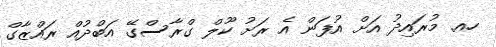
ހއ. މުރައިދު އަށް އުފަން އެ ރަށު ކޫލް ގްރާސްގޭ އަބްދުއް ރައްޒާގް